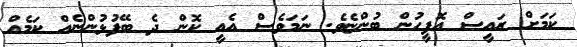
ކަމަށް ރައީސް އޮފީހުން ބުންޏެވެ. ނަމަވެސް އެއީ ކޮން ދެ ބޭފުޅުންނެއް ކަމެއް